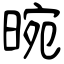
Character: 晼